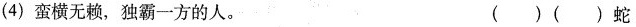
(4)蛮横无赖，独霸一方的人。 ( )( )蛇